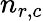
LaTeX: n_{r,c}